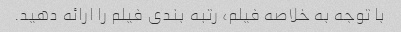
با توجه به خلاصه فیلم، رتبه بندی فیلم را ارائه دهید.